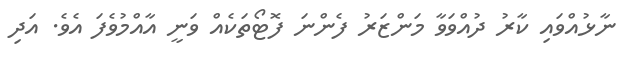
ނާޅުއްވައި ކާރު ދުއްވަވާ މަންޒަރު ފެންނަ ފޮޓޯތަކެއް ވަނީ އާއްމުވެފަ އެވެ. އަދި